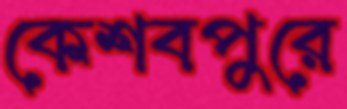
কেশবপুরে